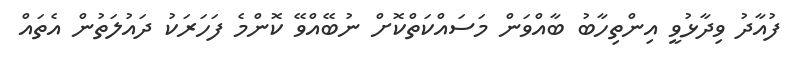
ފުއާދު ވިދާޅުވީ އިންތިހާބު ބާއްވަން މަސައްކަތްކޮށް ނުބޭއްވޭ ކޮންމެ ފަހަރަކު ދައުލަތުން އެތައް